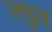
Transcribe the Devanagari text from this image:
लघ्रुप